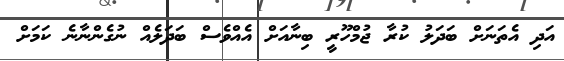
އަދި އެތަނަށް ބަދަލު ކުރާ ޖުމްހޫރީ ބިނާއަށް އެއްވެސް ބަދަލެއް ނުގެންނާނެ ކަމަށް